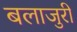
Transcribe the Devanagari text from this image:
बलाजुरी